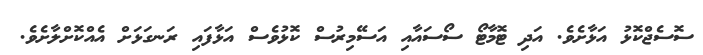
ސޮސެޖްކޮޅު އަޅާށެވެ. އަދި ޓޮމާޓޯ ސޯސައާއި އަސޭމިރުސް ކޮޅުވެސް އަޅާފައި ރަނގަޅަށް އެއްކޮށްލާށެވެ.